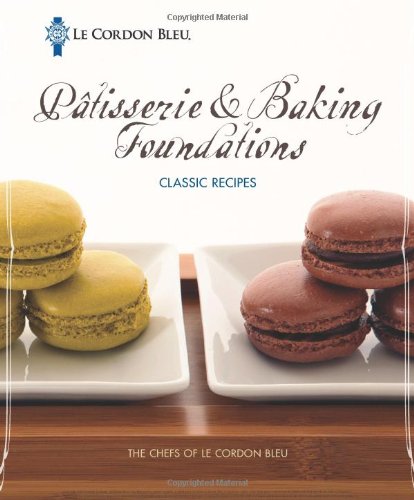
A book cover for Le Cordon Bleu PÃ¢tisserie and Baking Foundations Classic Recipes; The Chefs of Le Cordon Bleu; Cookbooks, Food & Wine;